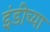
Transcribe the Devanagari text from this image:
इंडीच्या